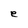
Character: e